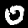
Digit: 0